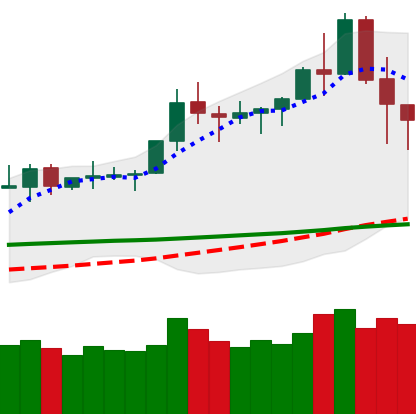
Ticker: TRX-USD
Chart end date: 2020-02-17
Forward return: -7.557%
Label: down_7plus